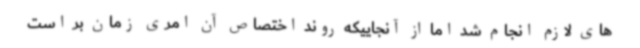
های لازم انجام شد اما از آنجاییکه روند اختصاص آن امری زمان بر است